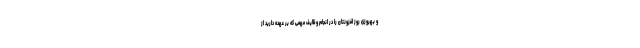
و بهروزی روز افزونتان را در انجام وظایف مهمی که بر عهده دارید از